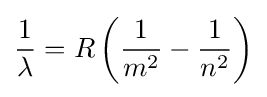
{\frac {1}{\lambda }}=R\left({\frac {1}{m^{2}}}-{\frac {1}{n^{2}}}\right)